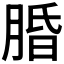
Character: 𬛆